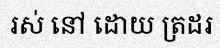
រស់ នៅ ដោយ ត្រដរ